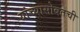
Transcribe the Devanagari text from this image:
यांच्यासोबतची